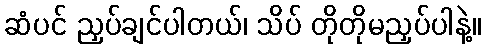
ဆံပင် ညှပ်ချင်ပါတယ်၊ သိပ် တိုတိုမညှပ်ပါနဲ့။